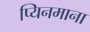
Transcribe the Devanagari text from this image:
प्यिनमाना